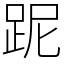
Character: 跜